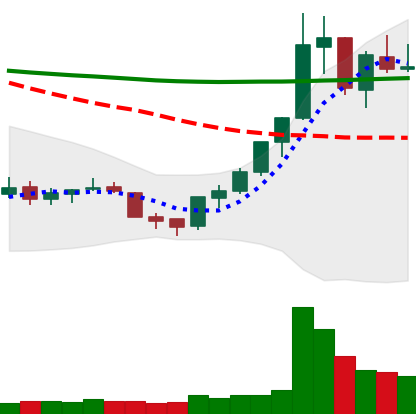
Ticker: XLM-USD
Chart end date: 2018-07-23
Forward return: 10.846%
Label: up_7plus